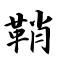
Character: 鞘